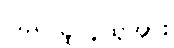
ပြည်သူလူထုအား